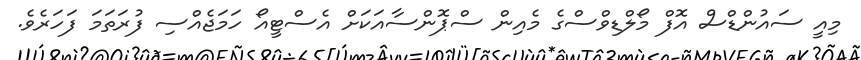
މިއީ ސައުންޑްސް އޮފް މޯލްޑިވްސްގެ މެއިން ސްޕޮންސާއަކަށް އެސްޓީއޯ ހަމަޖެއްސި ފުރަތަމަ ފަހަރެވެ.